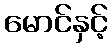
မောင်နှင့်